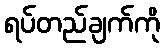
ရပ်တည်ချက်ကို